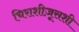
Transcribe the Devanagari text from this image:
चिराशीज़ूसशी